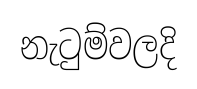
නැටුම්වලදි